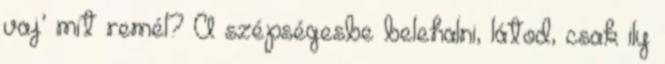
vaj’ mit remél? A szépségesbe belehalni, látod, csak ily